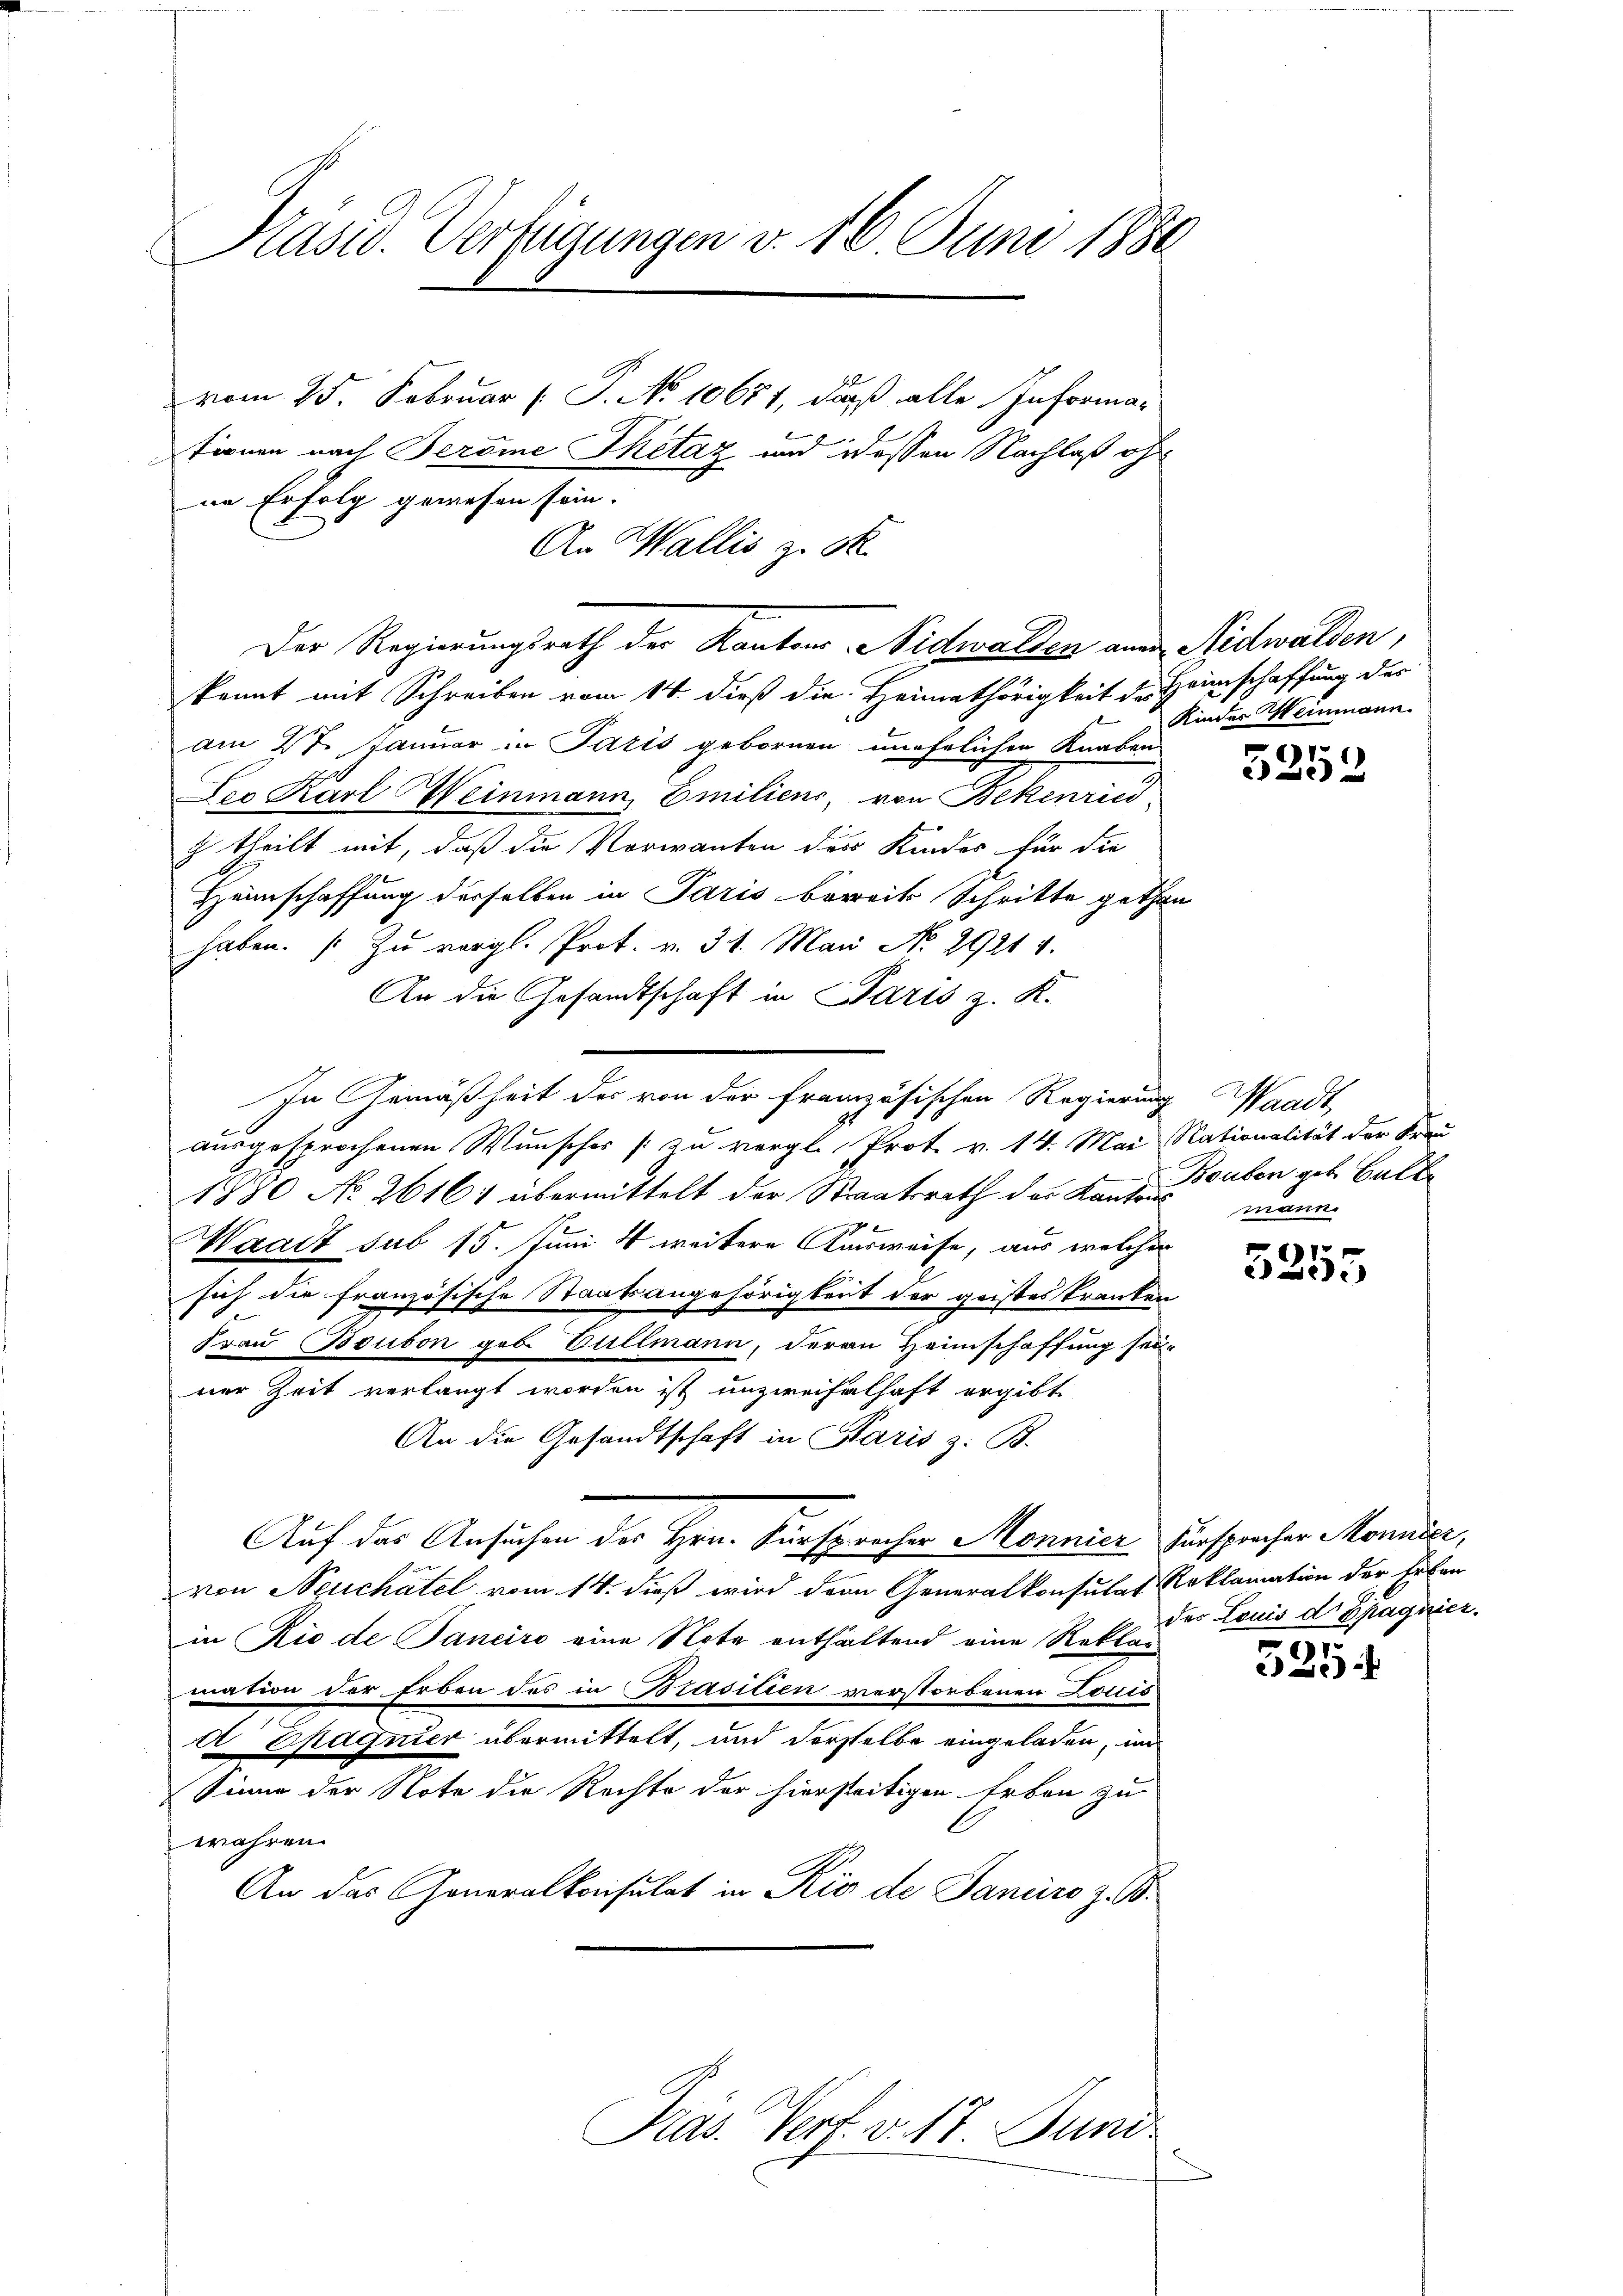
Präsid. Verfügungen v. 16. Juni 1880

vom 25. Februar ( P. No 10671, daß alle Informafirnen nach Bereine Thetag und dessen Nachlaß ohn
ne Erfolg gewesen sein.
An Wallis zu St.
kannt mit Schreiben vom 14. dieß die Heimathörigkeit der Heimschaffung der
am 27. Januar in Paris gebornen unehelichen Knaben
Der Karl Heinmann, Emiliens, von Bekenric
z theilt mit, daß die Verwanten des Kindes für die
Heimschaffung derselben in Paris bereits Schritte gethan
haben. (Zu vergl. Prot. v. 31. Mai No 2921 4.
An die Gesandtschaft in Paris z. K.
ausgesprochenen Wunscher [zu vergl. Prot. v. 14. Mai Nationalität der Freu
1880 No 26161 übermittelt der Staatsrath der Kantons
g
Waadt sub 15. Juni 4 weitere Ausweise, aus welcher
sich die französische Staatsangehörigkeit der geistes kranken
Frau Boulon geb. Bullmann, der an Heimschaffung seiner Zeit verlangt worden ist unzweifelhaft ergibt
An die Gesandtschaft in Paris z. B.
Auf das Ansuchen des Hrn. Fürsprecher Monnier Fürspracher Monnier,
von Neuchâtel vom 14. dieß wird dern Generalkonsulat Roklamation der Erben
in Rio de Janeiro eine Note enthaltend eine Reklar
mation der Erben des in Brasilien verstorbenen Louis
t Epagnier übermittelt, und derselbe eingeladen, und
Sinne der Note die Rechte der hierseitigen Erben zu
währen.
An das Generalkonsulat in Rio de Janirs z. B.

Der Regierungsrath der Kantons Nidwalden an Nidwalden,

In Gemäßheit des von der französischen Regierung Waadt,

Präs. Verf. v. 17. Juni

Kinder Weinmann.

5252

Bouben geb. Balte
mann.

3253

der Louis d Epagnier.

)
)